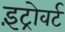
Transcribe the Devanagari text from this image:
इंट्रोवर्ट